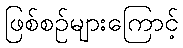
ဖြစ်စဉ်များကြောင့်